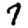
Digit: 7